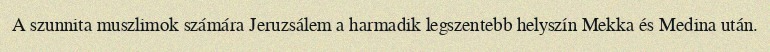
A szunnita muszlimok számára Jeruzsálem a harmadik legszentebb helyszín Mekka és Medina után.